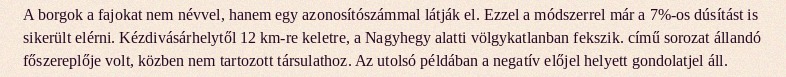
A borgok a fajokat nem névvel, hanem egy azonosítószámmal látják el. Ezzel a módszerrel már a 7%-os dúsítást is sikerült elérni. Kézdivásárhelytől 12 km-re keletre, a Nagyhegy alatti völgykatlanban fekszik. című sorozat állandó főszereplője volt, közben nem tartozott társulathoz. Az utolsó példában a negatív előjel helyett gondolatjel áll.